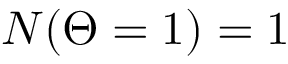
N ( \Theta = 1 ) = 1